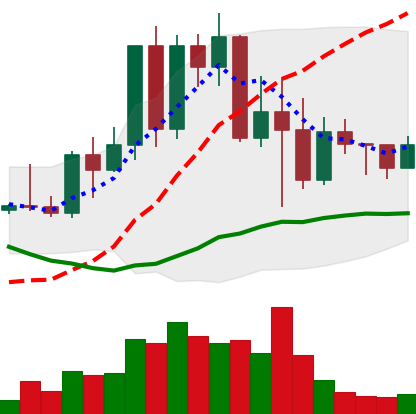
Ticker: TRX-USD
Chart end date: 2022-05-17
Forward return: 8.075%
Label: up_7plus